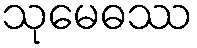
သုမေဓဿ